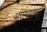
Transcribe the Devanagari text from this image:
भणभणणे